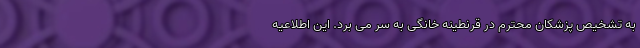
به تشخیص پزشکان محترم در قرنطینه خانگی به سر می برد. این اطلاعیه